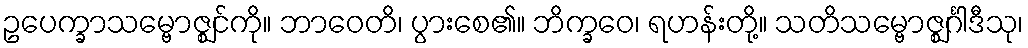
ဥပေက္ခာသမ္ဗောဇ္ဈင်ကို။ ဘာဝေတိ၊ ပွားစေ၏။ ဘိက္ခဝေ၊ ရဟန်းတို့။ သတိသမ္ဗောဇ္ဈင်္ဂါဒီသု၊